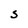
Character: S